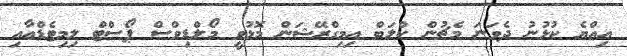
އިއްޔެ ކުޅުނު ދެވަނަ މެޗުން ކްލަބް އިމިގްރޭޝަން މޮޅުވީ މޯލްޑިވްސް ޕޯސްޓް ލިމިޓެޑްއާއި